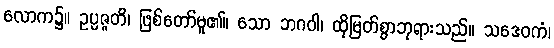
လောက၌။ ဥပ္ပဇ္ဇတိ၊ ဖြစ်တော်မူ၏။ သော ဘဂဝါ၊ ထိုမြတ်စွာဘုရားသည်။ သဒေဝကံ၊